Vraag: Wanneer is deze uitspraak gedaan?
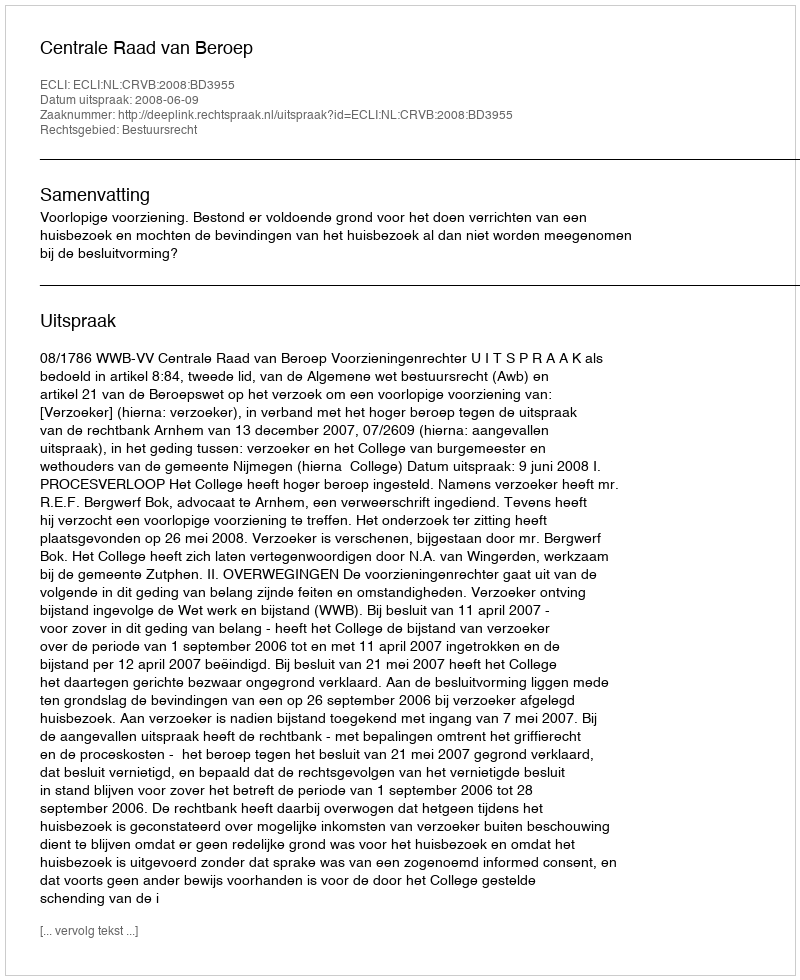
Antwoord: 2008-06-09